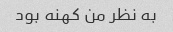
به نظر من کهنه بود